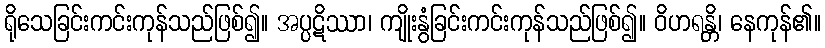
ရိုသေခြင်းကင်းကုန်သည်ဖြစ်၍။ အပ္ပဋိဿာ၊ ကျိုးနွံခြင်းကင်းကုန်သည်ဖြစ်၍။ ဝိဟရန္တိ၊ နေကုန်၏။